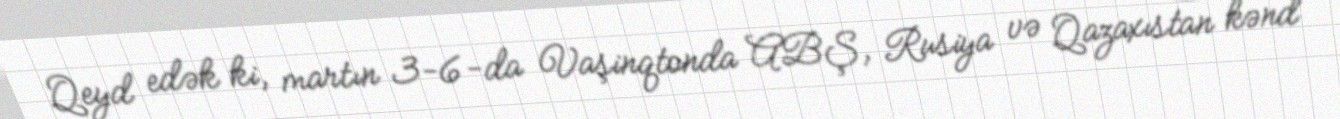
Qeyd edək ki, martın 3-6-da Vaşinqtonda ABŞ, Rusiya və Qazaxıstan kənd